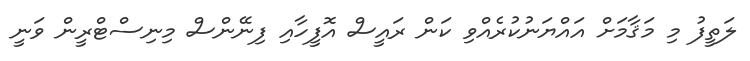
ލަތީފު މި މަޤާމަށް އައްޔަނުކުރެއްވި ކަން ރައީސް އޮފީހާއި ފިނޭންސް މިނިސްޓްރީން ވަނީ